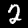
Digit: 2